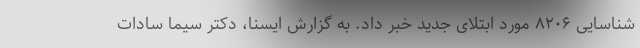
شناسایی ۸۲۰۶ مورد ابتلای جدید خبر داد. به گزارش ایسنا، دکتر سیما سادات